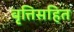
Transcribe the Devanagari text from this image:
वृत्तिसहित